system: You are a helpful assistant.
user:
Analyze the provided spectrum to determine if it is a **White Dwarf (WD)**.

A White Dwarf spectrum is defined by its **extreme purity** (due to gravitational settling) and/or **extreme pressure broadening** (due to high surface gravity). You must check for one of the following mutually exclusive signatures:

- **Key Visual Indicators (Check for ONE of these types):**

    - **1. DA-Type Signature (Most Common):**
        - **(Primary Feature):** Extreme pressure broadening (Stark broadening) of the **Hydrogen (H) Balmer lines**.
        - **(Key Lines):** $H\beta$ (approx. $4861$ Å) and $H\gamma$ (approx. $4340$ Å). $H\alpha$ (approx. $6563$ Å) will also be present if the wavelength range covers it.
        - **(Line Profile):** This is the **defining feature**. The lines are **NOT** sharp. They appear as massive, **extremely broad and deep "troughs" or "dips"** in the spectrum, often hundreds of Ångströms wide. The continuum will appear to "scoop" down at these wavelengths.
        - **(Distinction):** Normal A-type or B-type stars have *narrow* and *sharp* Hydrogen lines. A DA White Dwarf's lines are unmistakably "smeared" or "blurry" from pressure.

    - **2. DB-Type Signature:**
        - **(Primary Feature):** Broad absorption lines from **Neutral Helium (He I)**. The spectrum must lack any visible Hydrogen lines.
        - **(Key Lines):** Look for broad absorption near $4471$ Å, $4921$ Å, and $5876$ Å.
        - **(Line Profile):** These lines are also significantly pressure-broadened, appearing much wider than they would in a normal B-type main-sequence star.

    - **3. DC-Type Signature:**
        - **(Primary Feature):** A **featureless continuous spectrum**.
        - **(Line Profile):** The spectrum is a smooth curve with **no significant absorption or emission lines**.
        - **(Key Confirmation):** The continuum is almost always **blue or white**, indicating a hot object. This signature implies the atmosphere is so pure (or so cool) that no spectral lines are visible in the optical range. Its WD identity is confirmed by its extremely low intrinsic brightness (high absolute magnitude).

    - **4. DZ-Type Signature (Metal-Polluted):**
        - **(Primary Feature):** **Isolated, narrow metal absorption lines** on an otherwise featureless (DC-like) continuum.
        - **(Key Lines):** The **Calcium (Ca II) H & K doublet** (approx. **$3934$ Å** and **$3968$ Å**) is the most common and defining feature.
        - **(Line Profile):** These lines are "out of place." They are *not* part of a "forest" of thousands of lines. This signature is evidence of recent *accretion* (pollution) from rocky debris.
        - **(Distinction):** Normal G/K/M stars have a *dense forest* of thousands of metal lines. A DZ has a *clean* continuum with *only a few* strong metal lines.

    - **5. DQ-Type Signature (Carbon-Polluted):**
        - **(Primary Feature):** Absorption bands from **Carbon (C₂ "Swan Bands" or atomic C I)**.
        - **(Key Lines - C₂):** Look for bandheads with a "saw-tooth" shape near $5635$ Å, **$5165$ Å** (strongest), and $4737$ Å.
        - **(Key Confirmation):** The underlying **continuum must be blue or white** (hot).
        - **(Distinction):** This is the critical difference from a **Carbon Star**, which has the *exact same* C₂ bands but on an extremely **red, cool** continuum.

- **(Overall Spectrum):**
    - The continuum (overall shape) is typically **blue-sloping** (brighter in the blue than the red), as most white dwarfs are very hot.
    - The spectrum will look "pure" or "simple," dominated by only *one* of the five signatures listed above.

Think first, call **spectral_visualization_tool** if needed to examine features in detail, then provide your final answer. Your response must adhere to the following strict rules:
1.  **Overall Structure:** Your response must follow the format `<think>...</think> <tool_call>...</tool_call> (if a tool is used) <answer>...</answer>`.
2.  **Tool Usage Constraint:** You may only make **one** tool call per turn.
3.  **Final Answer Format:** In the `<answer>` tag, your conclusion must be inside a `\boxed{}` command (e.g., `\boxed{YES}` or `\boxed{NO}`), followed by your justification.

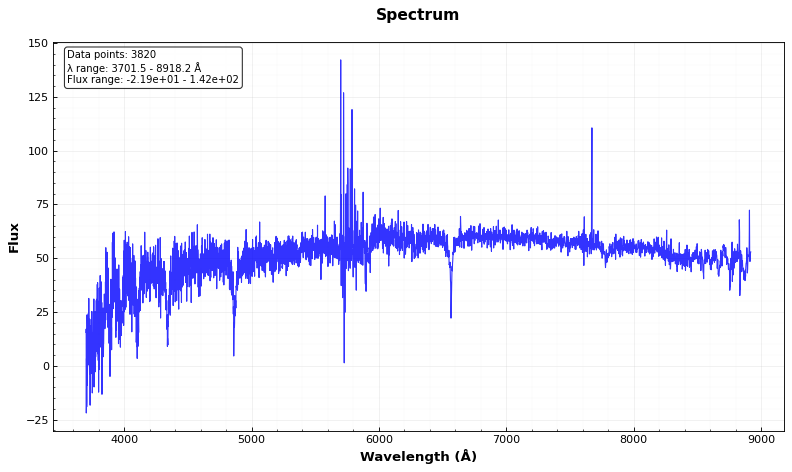
Answer: YES